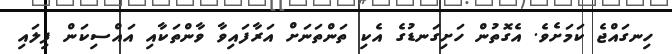
ހިނގައްޖެ ކަމަށެވެ. އެގޮތުން ހަށިގަނޑުގެ އެކި ތަންތަނަށް އަރާފައިވާ ވާންތަކާއި އައްސިކަން ފިލައި